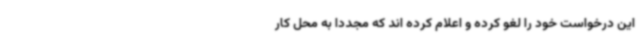
این درخواست خود را لغو کرده و اعلام کرده اند که مجدداً به محل کار